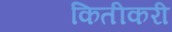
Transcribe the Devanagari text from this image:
कितीकरी